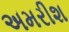
અમરીશ